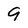
Character: 9